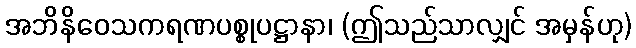
အဘိနိဝေသကရဏပစ္စုပဋ္ဌာနာ၊ (ဤသည်သာလျှင် အမှန်ဟု)